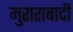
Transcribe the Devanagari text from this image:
मुराराबादी